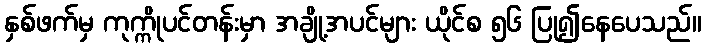
နှစ်ဖက်မှ ကုက္ကိုပင်တန်းမှာ အချို့အပင်များ ယိုင်စ ၅၆ ပြု၍နေပေသည်။